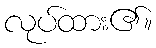
လုပ်ထား၏။